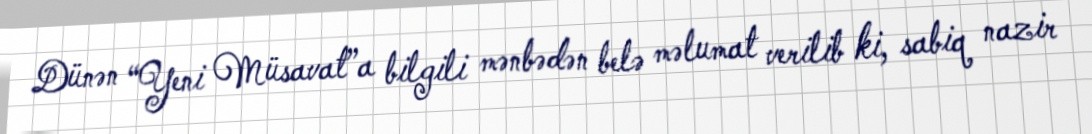
Dünən “Yeni Müsavat”a bilgili mənbədən belə məlumat verilib ki, sabiq nazir